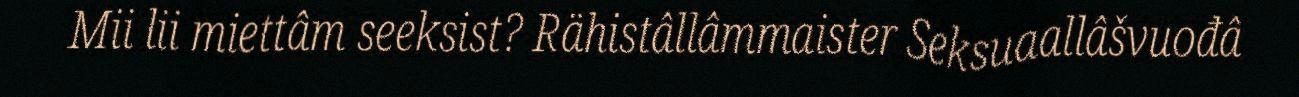
Mii lii miettâm seeksist? Rähistâllâmmaister Seksuaallâšvuođâ